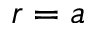
r = a